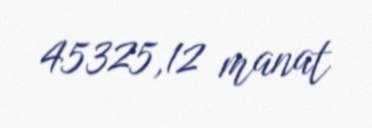
45325,12 manat